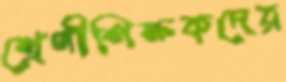
শ্রেণীশিক্ষকদের